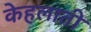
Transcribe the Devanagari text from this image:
केहलाती